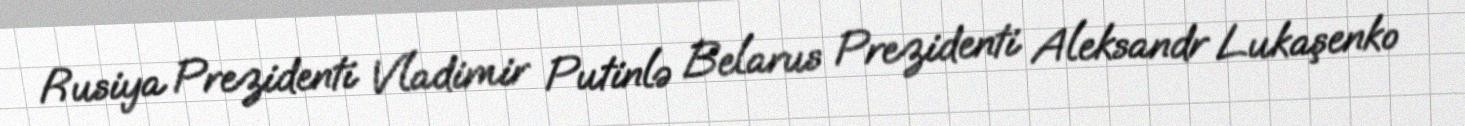
Rusiya Prezidenti Vladimir Putinlə Belarus Prezidenti Aleksandr Lukaşenko